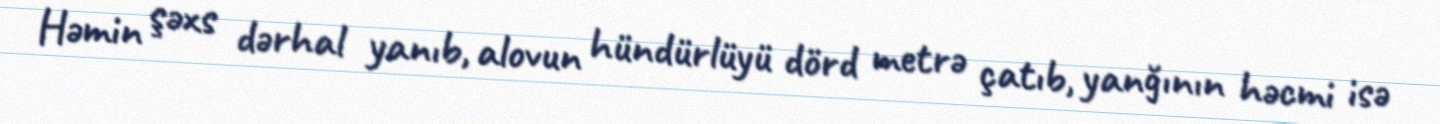
Həmin şəxs dərhal yanıb, alovun hündürlüyü dörd metrə çatıb, yanğının həcmi isə